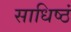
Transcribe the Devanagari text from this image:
साधिष्ठं